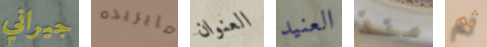
جيراني مايريده العنوان العنيد منذ ثم